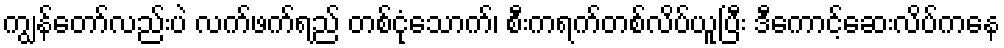
ကျွန်တော်လည်းပဲ လက်ဖက်ရည် တစ်ငုံသောက်၊ စီးကရက်တစ်လိပ်ယူပြီး ဒီကောင့်ဆေးလိပ်ကနေ